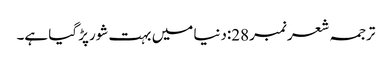
ترجمہ شعر نمبر28:دنیا میں بہت شورپڑ گیا ہے۔